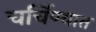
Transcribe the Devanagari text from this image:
चर्चिण्यात